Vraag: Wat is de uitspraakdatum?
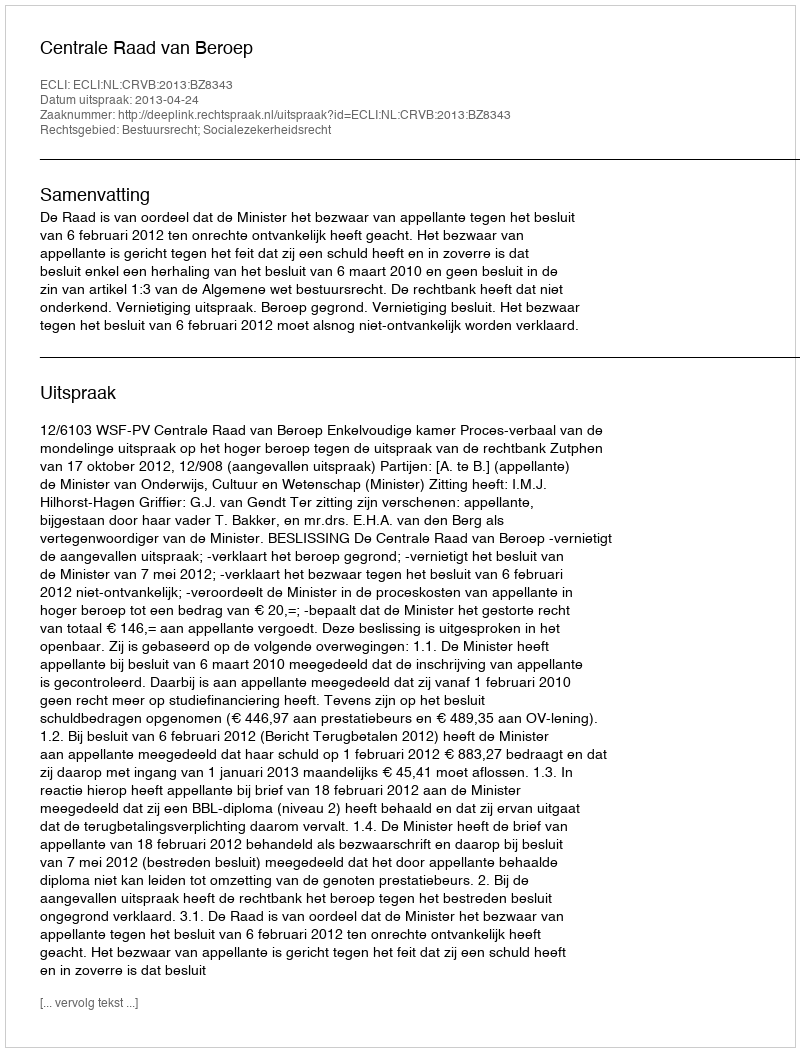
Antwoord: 2013-04-24